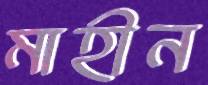
মাহীন